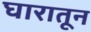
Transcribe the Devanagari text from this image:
घारातून